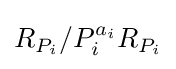
R_{P_{i}}/P_{i}^{a_{i}}R_{P_{i}}